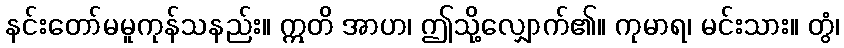
နင်းတော်မမူကုန်သနည်း။ ဣတိ အာဟ၊ ဤသို့လျှောက်၏။ ကုမာရ၊ မင်းသား။ တွံ၊